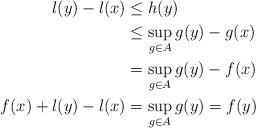
LaTeX: \begin{align*} l(y) - l(x) &\leq h(y)\\ &\leq \sup_{g\in A} g(y) - g(x)\\ &= \sup_{g\in A} g(y) - f(x)\\ f(x) + l(y) - l(x) &= \sup_{g\in A} g(y) = f(y) \end{align*}